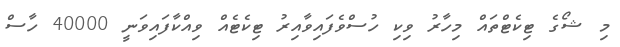
މި ޝޯގެ ޓިކެޓްތައް މިހާރު ވިކި ހުސްވެފައިވާއިރު ޓިކެޓެއް ވިއްކާފައިވަނީ 40000 ހާސް